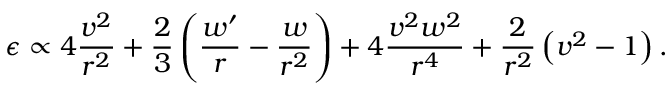
\epsilon \propto 4 \frac { v ^ { 2 } } { r ^ { 2 } } + \frac { 2 } { 3 } \left( \frac { w ^ { \prime } } { r } - \frac { w } { r ^ { 2 } } \right) + 4 \frac { v ^ { 2 } w ^ { 2 } } { r ^ { 4 } } + \frac { 2 } { r ^ { 2 } } \left( v ^ { 2 } - 1 \right) .